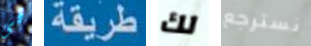
فى طريقة لك نسترجع